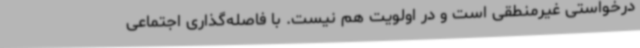
درخواستی غیرمنطقی است و در اولویت هم نیست. با فاصله‌گذاری اجتماعی